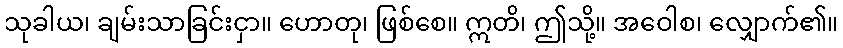
သုခါယ၊ ချမ်းသာခြင်းငှာ။ ဟောတု၊ ဖြစ်စေ။ ဣတိ၊ ဤသို့။ အဝေါစ၊ လျှောက်၏။